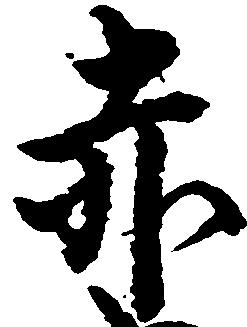
赤